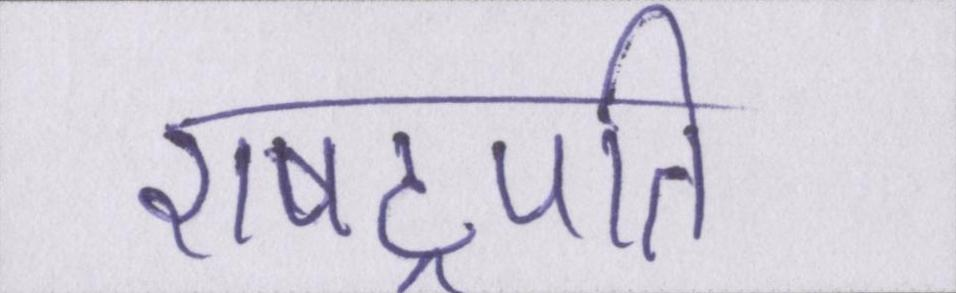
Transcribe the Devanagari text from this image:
राषट्रपति